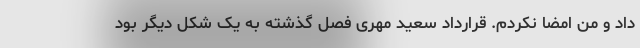
داد و من امضا نکردم. قرارداد سعید مهری فصل گذشته به یک شکل دیگر بود